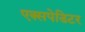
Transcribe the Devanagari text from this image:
एक्सपेडिटर